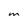
Character: M